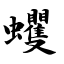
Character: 蠼